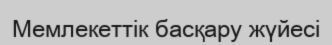
Мемлекеттік басқару жүйесі